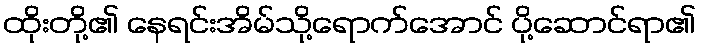
ထိုးတို့၏ နေရင်းအိမ်သို့ရောက်အောင် ပို့ဆောင်ရာ၏